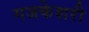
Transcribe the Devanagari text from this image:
गजकेशरी